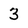
Character: 3